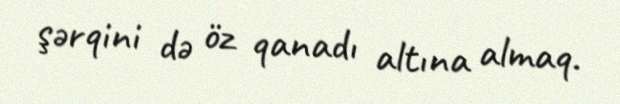
şərqini də öz qanadı altına almaq.